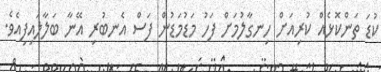
ކުޑަ ތަންކޮޅެއް ކުރިއަށް ހިނގާލުމަށް ފަހު މަޑުމަޑުން ފަސް އެނބުރި އޭނާ ބަލާލައިފިއެވެ.